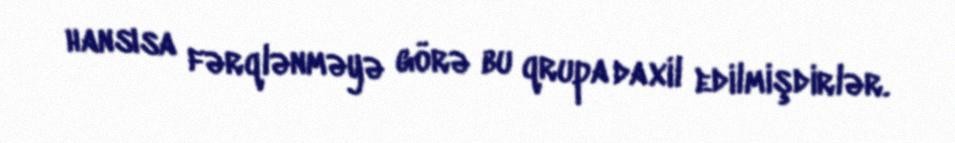
hansısa fərqlənməyə görə bu qrupa daxil edilmişdirlər.